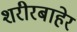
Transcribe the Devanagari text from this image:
शरीरबाहेर